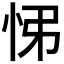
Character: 𢘘